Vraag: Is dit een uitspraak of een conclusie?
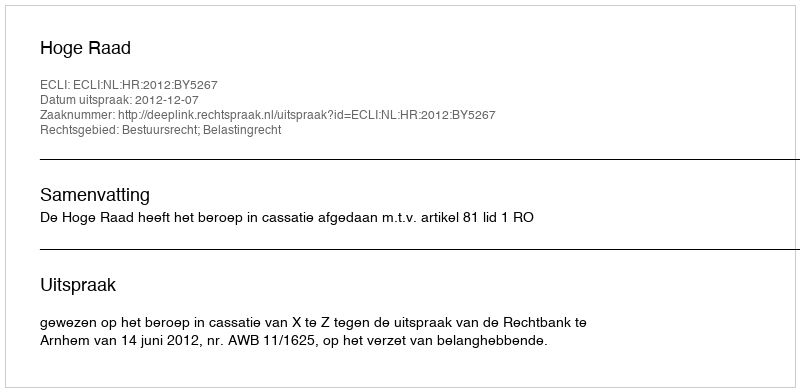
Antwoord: Uitspraak